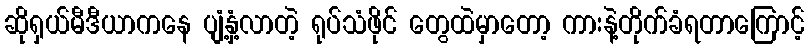
ဆိုရှယ်မီဒီယာကနေ ပျံ့နှံ့လာတဲ့ ရုပ်သံဖိုင် တွေထဲမှာတော့ ကားနဲ့တိုက်ခံရတာကြောင့်